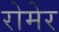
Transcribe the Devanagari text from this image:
रोमेर